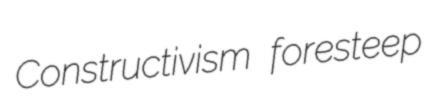
Constructivism foresteep